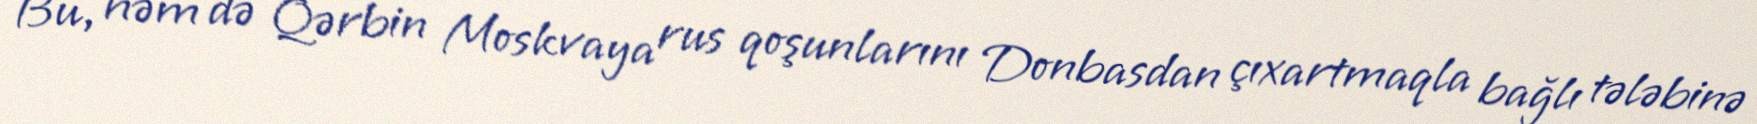
Bu, həm də Qərbin Moskvaya rus qoşunlarını Donbasdan çıxartmaqla bağlı tələbinə